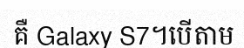
គឺ Galaxy S7។បើតាម